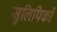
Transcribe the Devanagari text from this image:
सुलिपिकों